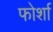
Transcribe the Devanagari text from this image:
फोर्शा